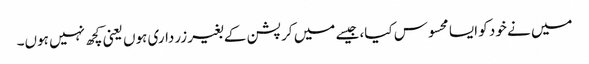
میں نے خود کو ایسا محسوس کیا، جیسے میں کرپشن کے بغیر زرداری ہوں یعنی کچھ نہیں ہوں۔